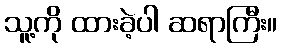
သူ့ကို ထားခဲ့ပါ ဆရာကြီး။